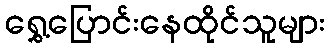
ရွှေ့ပြောင်းနေထိုင်သူများ